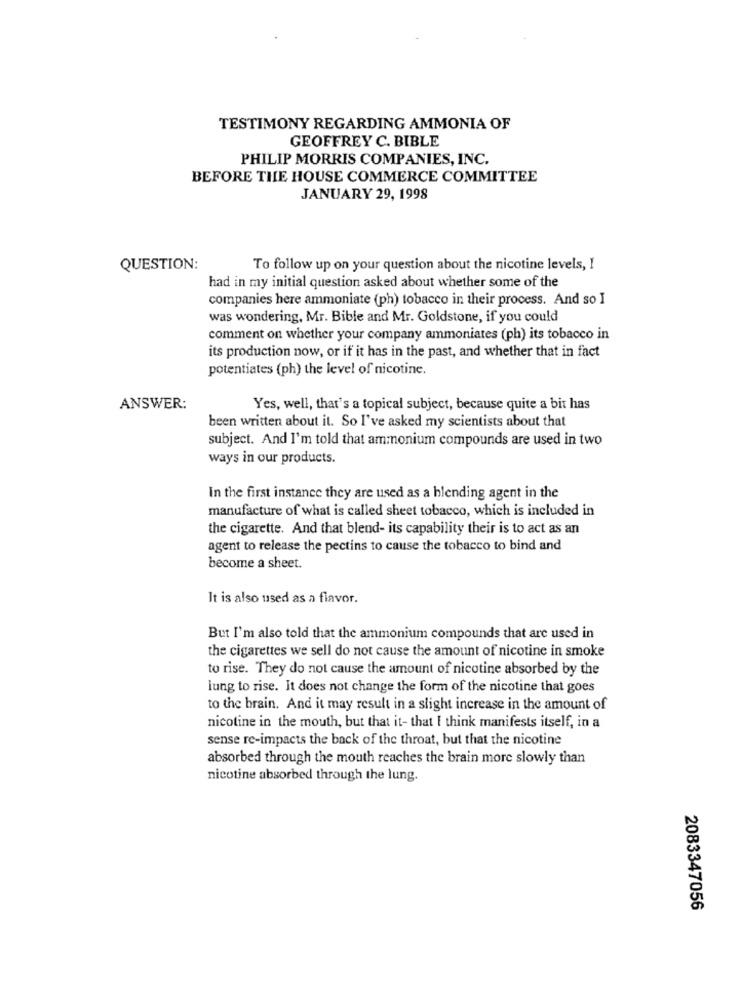
TESTIMONY REGARDING AMMONIA OF
GEOFFREY C. BIBLE
PHILIP MORRIS COMPANIES, INC.
BEFORE THE HOUSE COMMERCE COMMITTEE
JANUARY 29, 1998
QUESTION:
To follow up on your question about the nicotine levels, I
had in my initial question asked about whether some of the
companies here ammoniate (ph) tobacco in their process. And so I
was wondering, Mr. Bible and Mr. Goldstone, if you could
comment on whether your company ammoniates (ph) its tobacco in
its production now, or if it has in the past, and whether that in fact
potentiates (ph) the level of nicotine.
ANSWER:
Yes, well, that's a topical subject, because quite a bit has
been written about it. So I've asked my scientists about that
subject. And I'm told that ammonium compounds are used in two
ways in our products.
In the first instance they are used as a blending agent in the
manufacture of what is called sheet tobacco, which is included in
the cigarette. And that blend- its capability their is to act as an
agent to release the pectins to cause the tobacco to bind and
become a sheet.
It is also used as a flavor.
But I'm also told that the ammonium compounds that are used in
the cigarettes we sell do not cause the amount of nicotine in smoke
to rise. They do not cause the amount of nicotine absorbed by the
lung to rise. It does not change the form of the nicotine that goes
to the brain. And it may result in a slight increase in the amount of
nicotine in the mouth, but that it- that I think manifests itself, in a
sense re-impacts the back of the throat, but that the nicotine
absorbed through the mouth reaches the brain more slowly than
nicotine absorbed through the lung.
2083347056